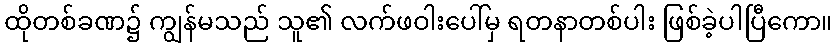
ထိုတစ်ခဏ၌ ကျွန်မသည် သူ၏ လက်ဖဝါးပေါ်မှ ရတနာတစ်ပါး ဖြစ်ခဲ့ပါပြီကော။